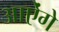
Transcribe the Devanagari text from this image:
आऐंगे